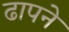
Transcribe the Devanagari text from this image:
ढापने